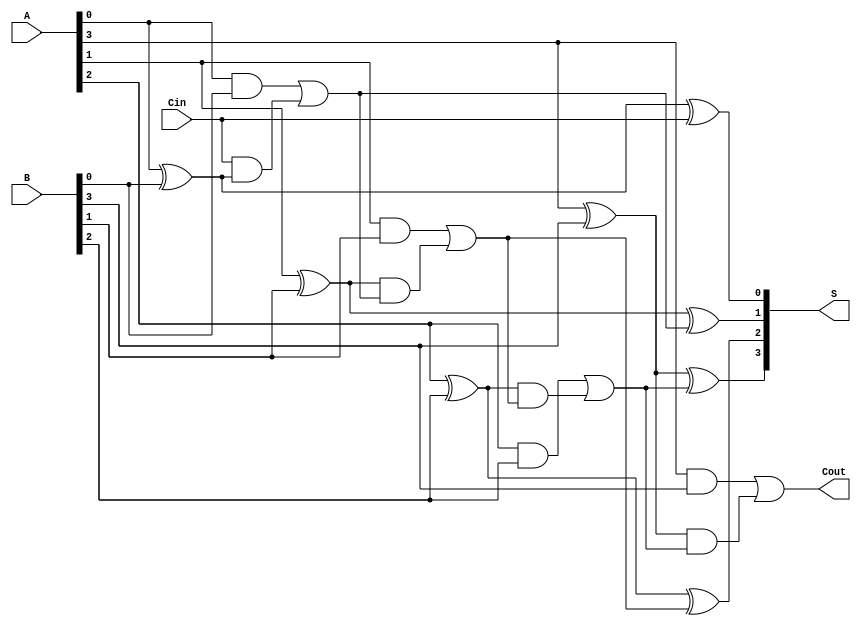
module han_carlson_adder #(parameter n = 4) (
    input  wire [n-1:0] A,       // n-bit input A
    input  wire [n-1:0] B,       // n-bit input B
    input  wire Cin,              // Carry-in
    output wire [n-1:0] S,       // n-bit sum output
    output wire Cout              // Carry-out
);

    wire [n:0] C; // Carry bits (C[0] is Cin, C[n] is Cout)

    // Generate carries
    assign C[0] = Cin;

    genvar i;
    generate
        for (i = 0; i < n; i = i + 1) begin : carry_gen
            if (i == 0) begin
                // For the least significant bit
                assign C[i + 1] = (A[i] & B[i]) | (C[i] & (A[i] ^ B[i]));
            end else begin
                // For subsequent bits
                assign C[i + 1] = (A[i] & B[i]) | ((A[i] ^ B[i]) & C[i]);
            end
        end
    endgenerate

    // Generate sums
    generate
        for (i = 0; i < n; i = i + 1) begin : sum_gen
            assign S[i] = A[i] ^ B[i] ^ C[i];
        end
    endgenerate

    // Assign final carry-out
    assign Cout = C[n];

endmodule